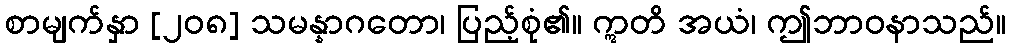
စာမျက်နှာ [၂၀၈] သမန္နာဂတော၊ ပြည့်စုံ၏။ ဣတိ အယံ၊ ဤဘာဝနာသည်။